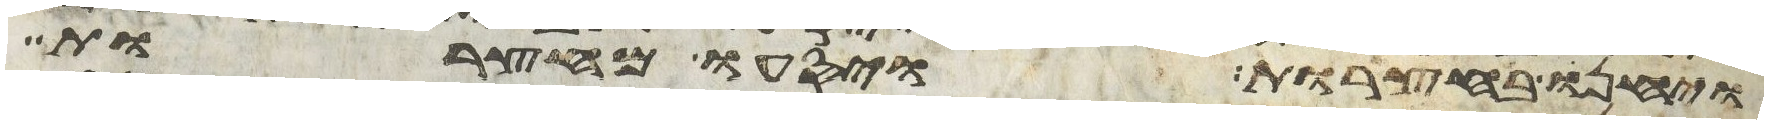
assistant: ויחנו בחצרות ויסעו מחצרות